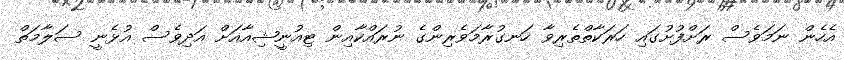
އެހެން ނަމަވެސް ރަށްފުށުގައި ހަރަކާތްތެރިވާ ހަނގުރާމަވެރިންގެ ނުރައްކާއިން ޓިއުނީޝިއާއަށް އަދިވެސް އުޅެނީ ސަލާމަތް